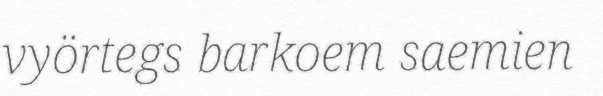
vyörtegs barkoem saemien